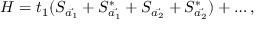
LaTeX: { \cal H } = t _ { 1 } ( S _ { \vec { a _ { 1 } } } + S _ { \vec { a _ { 1 } } } ^ { * } + S _ { \vec { a _ { 2 } } } + S _ { \vec { a _ { 2 } } } ^ { * } ) + \ldots ,